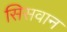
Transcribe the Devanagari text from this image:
सिसवान